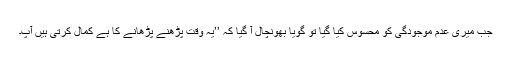
جب میری عدم موجودگی کو محسوس کیا گیا تو گویا بھونچال آ گیا کہ ’’یہ وقت پڑھنے پڑھانے کا ہے کمال کرتی ہیں آپ۔